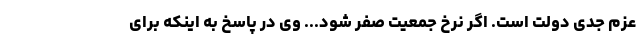
عزم جدی دولت است. اگر نرخ جمعیت صفر شود... وی در پاسخ به اینکه برای